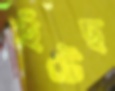
হেঁটেছ